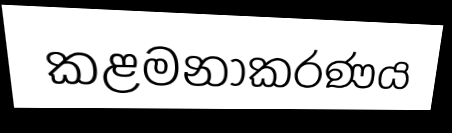
කළමනාකරණය